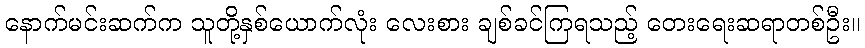
နောက်မင်းဆက်က သူတို့နှစ်ယောက်လုံး လေးစား ချစ်ခင်ကြရသည့် တေးရေးဆရာတစ်ဦး။